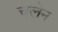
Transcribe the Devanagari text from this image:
चलेन